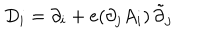
LaTeX: D _ { i } = \partial _ { i } + e ( \partial _ { j } A _ { i } ) \, \tilde { \partial } _ { j }